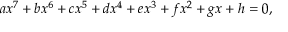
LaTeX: a x ^ { 7 } + b x ^ { 6 } + c x ^ { 5 } + d x ^ { 4 } + e x ^ { 3 } + f x ^ { 2 } + g x + h = 0 ,